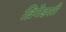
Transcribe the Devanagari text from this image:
ब्रिगेडशी